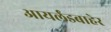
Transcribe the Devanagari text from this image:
आयर्लंडबाहेर